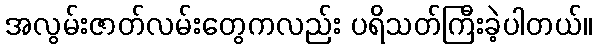
အလွမ်းဇာတ်လမ်းတွေကလည်း ပရိသတ်ကြီးခဲ့ပါတယ်။